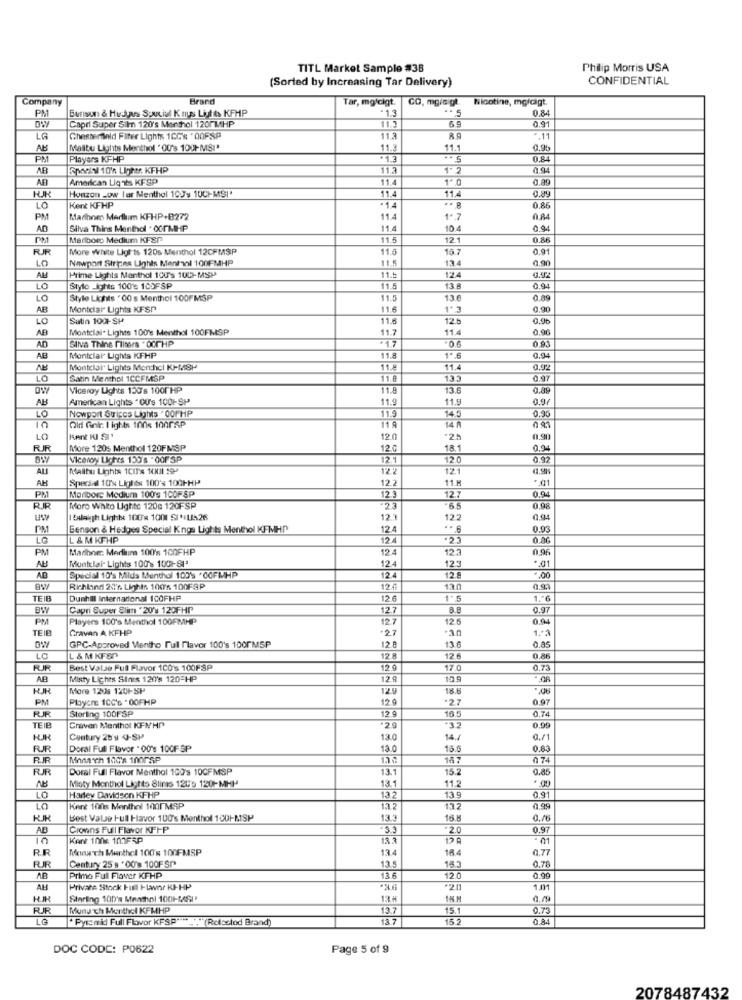
TITL Market Sample #38
Philip Morris USA
(Sorted by Increasing Tar Delivery)
CONFIDENTIAL
Company
Brand
Tar, mg/cigt.
CO, mgia gt
Nicotine, mg/cigt.
PM
Bursun & Hurdyans Special K tys Lights KFMP
-1.3
** 5
0.84
69
0.91
DW
Capri Super Sim 120's Menthol 1200MHP
11.3
LG
Chesterfield Filter Lights 1CC's " OOFSP
11.3
* 11
AB
Malibu Lights Menthol " OU's 100HMSI*
11.3
11.1
0,9%
PM
Players KFHP
0.84
AB
SpaeIN 10% LITher. KFHP
11.2
1 2
0.94
AB
American Lig ts KFSP
11.
1* 0
11.4
0.89
Honzon Low lar Menthol 107% 10CHMSI'
LO
Kent KFHP
·14
0.86
PM
Marihnen Medlum KFHP+B272
11.4
1. 7
AD
Silva Thing Menthol . OGrMHP
11.4
104
0.94
Marlboro Medium KFSP
11.5
12.
0.86
More white Lights 120s Menthol 12CFMSP
11.0
16.7
0.91
Newport Stripes Lights Mentvol 100FMHP
13.4
0.90
Prime Lights Menthol 100's 1002-MSP
124
AL
11.
LO
Style -ights 100'% 100FSP
11.5
13 18
0.94
LO
Style Lichts . 00 s Menthol 100F MSP
11.5
13.6
0.00
AB
Montclar Lights KFSP
1.6
1*3
0.90
LO
Sutin 1001-SP
11.6
12.5
AB
Montclai. Lights 100's Menthol 100FMSP
11.7
11.4
0.90
0.91
AD
Silva Thine Filters . 00rHP
AU
Montclair Lights KFHP
11.8
1ª 6
0.94
Montclair Lights Men:hcl KJ-MSP
11.8
11.4
0,92
LO
Satin Menthol 1CCFMSP
11.8
133
0.97
Viceroy Lights 130's 1001 HP
11.9
13.6
0.89
AB
American Lights " OU's 1001-SP'
11.
11.9
0.97
Nowport Stices Lights . 00PHP
11.9
14.5
0.90
LO
Old Gnkr. I ights 100% 100PAP
11 A
14 A
LO
KARE KISI'
12.0
0.90
RUR
More 1205 Menthol 120FMSP
12.0
18.1
0.94
Viceroy Liches 159's . 00F SP
12.1
12.0
0.92
ALI
Malibu Lights 10IT'S 10KJI 55P
122
12.1
AH
Special 10'% Lights 100's 100PHP
12.2
Monitors Medium 100's 100FSP
11.M
0.94
PM
12.3
12.7
RIR
Moro Wnto Lighte 120g 120FSP
-6.5
0.98
I talaigh Lighbe 100x 1001 SICILIA26
12.3
122
0.91
PM
Benson & Hedges Special Kngs Lights Menthol KFMHD
12.4
0.93
LO
L & M KFHP
12
PM
Madbne: Medium 100's 100FHP
12
0.96
12.4
12.3
. 01
AU
Muntclai- Lights 100's 100 -- SI'
AB
Special 10's Mids Menthol 1099 *COFMHP
12.4
125
Richland 27'r. Lights. 100'% 100FAP
12
13.0
0.93
TEIB
Dunhill International 1C0FHP
126
1'5
1.ª6
BY
Capri Super Slim '20'% 120FHP
12.7
0.97
PM
Players 100's Menthol 100FMHP
12.7
125
0.04
TEIB
Gravan A KFHP
+2.7
.3.0
1 .* 3
12.0
116
0.85
GPC-Approved Mentho Full Flavor 100's 100FMSP
LO
L & M KF&P
12
12.6
0.86
PUR
Best Valse Full Flavor 100's 100FSP
12 9
17.0
0.73
AB
Misty Liches Sinis 120's 120 HP
12 9
10.9
More 120s 120FSP
129
18.6
PN
Ploycre 100's . 00FHP
12 9
27
0.97
RJR
Sterling 100F SP
12
16.5
0.74
TEIB
Craven Menthol KFNHP
.3.2
0.99
Century 28'y 4-SP
13.0
14./
0./1
FUR
Doral Ful Flavor . 00's 100F SP
13.0
15.5
0.83
RIR
Monarch 100'8 100PAP
187
0 74
FUR
Doral Full Flavor Menthol 100's 10CFMSP
13.
15.2
0.85
13.1
AB
Mioty Monthol Lights Blinis 12Us 120-MHP
11.2
LO
Harley Davidson KFHP
13.2
13.9
0.91
LO
Kent 100s Menthol 1001MSP
1.7.2
13.2
0.99
Best Vale Hull Havor 100's Menthol 1001-MSP
13.3
16.8
AB
Clowns Full Flavor KFF-P
3.3
2.0
0.97
10
Kant 100x 101FRP
- 01
RE
Month Menthel 100's 100FMSP
13.4
16.4
0.77
Century 25 9 .00's 100FSP
13.
15.3
0.78
AB
Primo Full Flaver KFHP
13.6
12.0
0.90
AL
Private Stock Full ILwer KP-HP
1.01
HIR
Starting 100'e Menthol 1001-MASI'
13 H
15H
Munu ch Monthsl KFMHP
13.7
15.1
0.73
LG
.Pysaid Full Flavor KFSP"""
"(Relsstod Brand)
13.7
15
0.84
DOC CODE: P0622
Page 5 of 9
2078487432